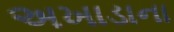
અખાડાના